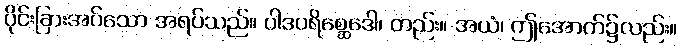
ပိုင်းခြားအပ်သော အရပ်သည်။ ပါဒပရိစ္ဆေဒေါ၊ တည်း။ အယံ၊ ဤအောက်၌လည်း။